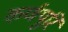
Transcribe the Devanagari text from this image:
कर्णपूरि